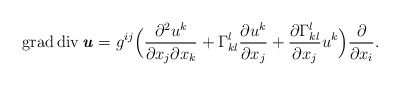
\begin{align*} \operatorname{grad}\operatorname{div} \textbf{\textit{u}} = g^{ij} \Bigl( \frac{\partial^2 u^k}{\partial x_j \partial x_k} + \Gamma^l_{kl}\frac{\partial u^k}{\partial x_j} + \frac{\partial \Gamma^l_{kl}}{\partial x_j} u^k \Bigr) \frac{\partial}{\partial x_i}.\end{align*}